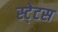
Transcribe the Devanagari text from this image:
स्‍टे्टस